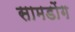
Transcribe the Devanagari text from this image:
सामडोंग